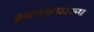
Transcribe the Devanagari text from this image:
ब्रह्मपरात्पररूप